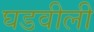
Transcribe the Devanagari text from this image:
घडवीली